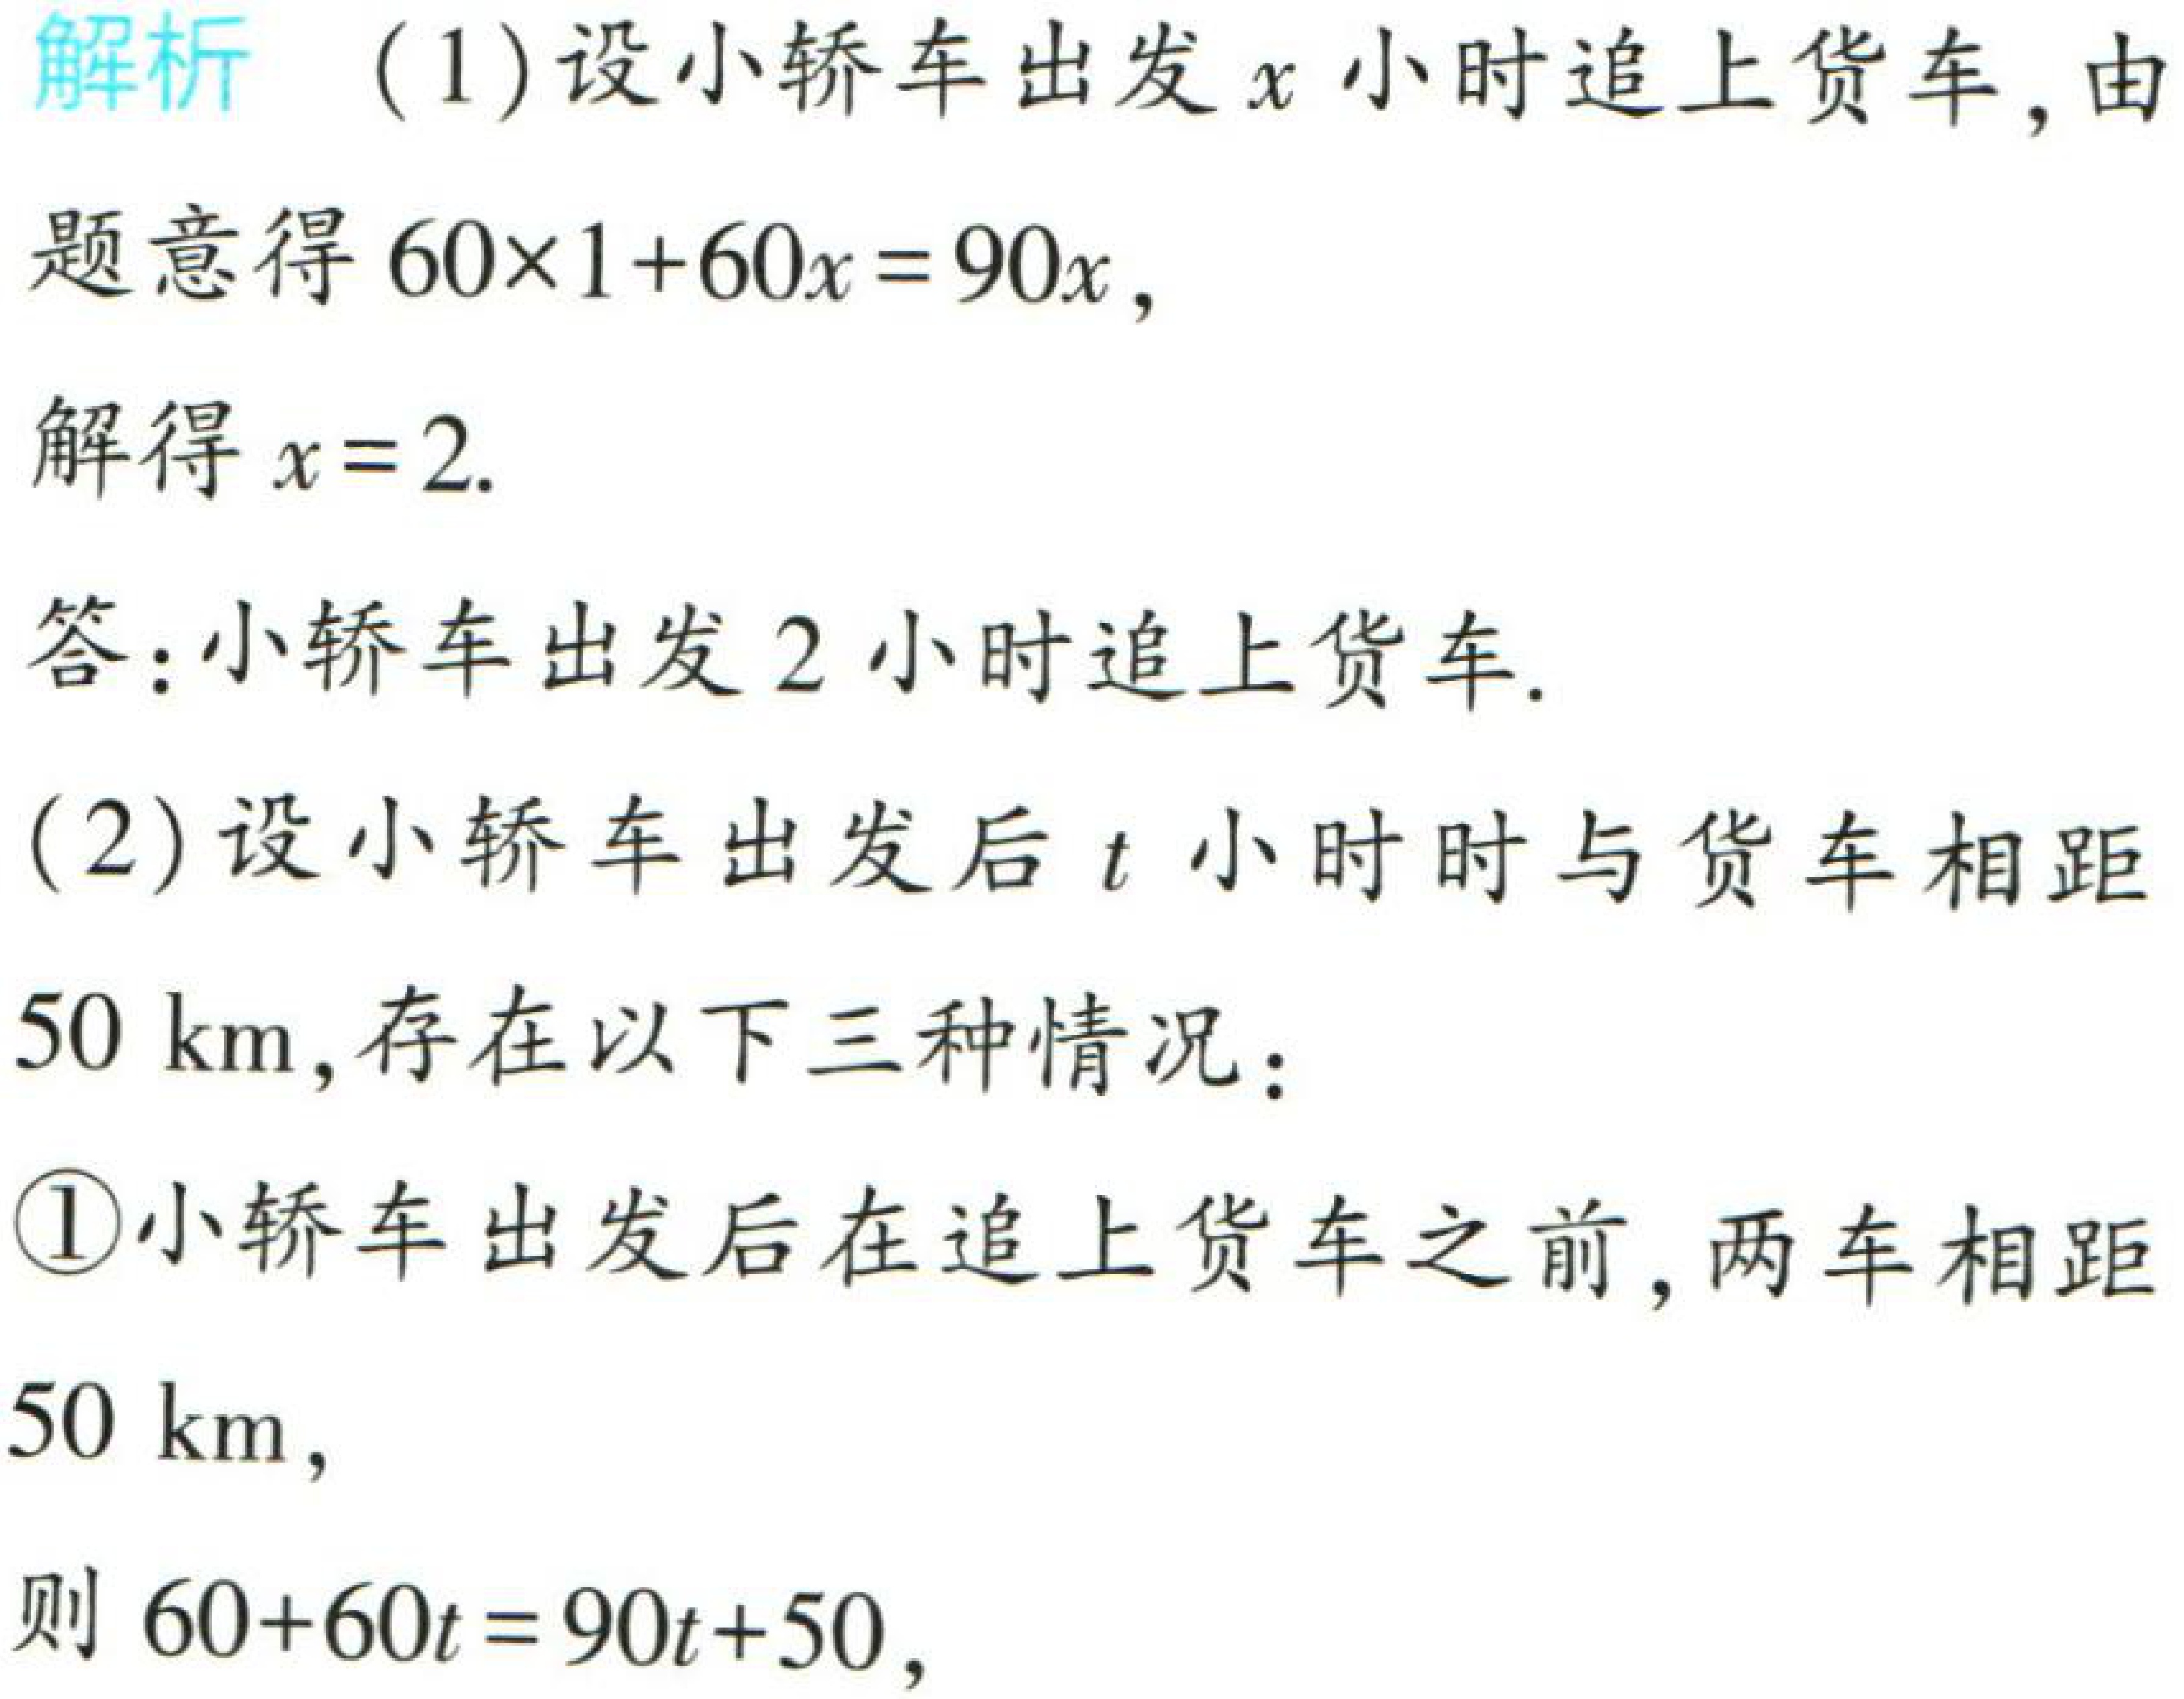
解析 （1）设小轿车出发\(x\)小时追上货车,由

题意得\(60\times1 + 60x = 90x\),

解得\(x = 2\).

答：小轿车出发\(2\)小时追上货车.

（2）设小轿车出发后\(t\)小时时与货车相距

\(50\ \text{km}\),存在以下三种情况：

\textcircled{1}小轿车出发后在追上货车之前,两车相距

\(50\ \text{km}\),

则\(60 + 60t = 90t + 50\),